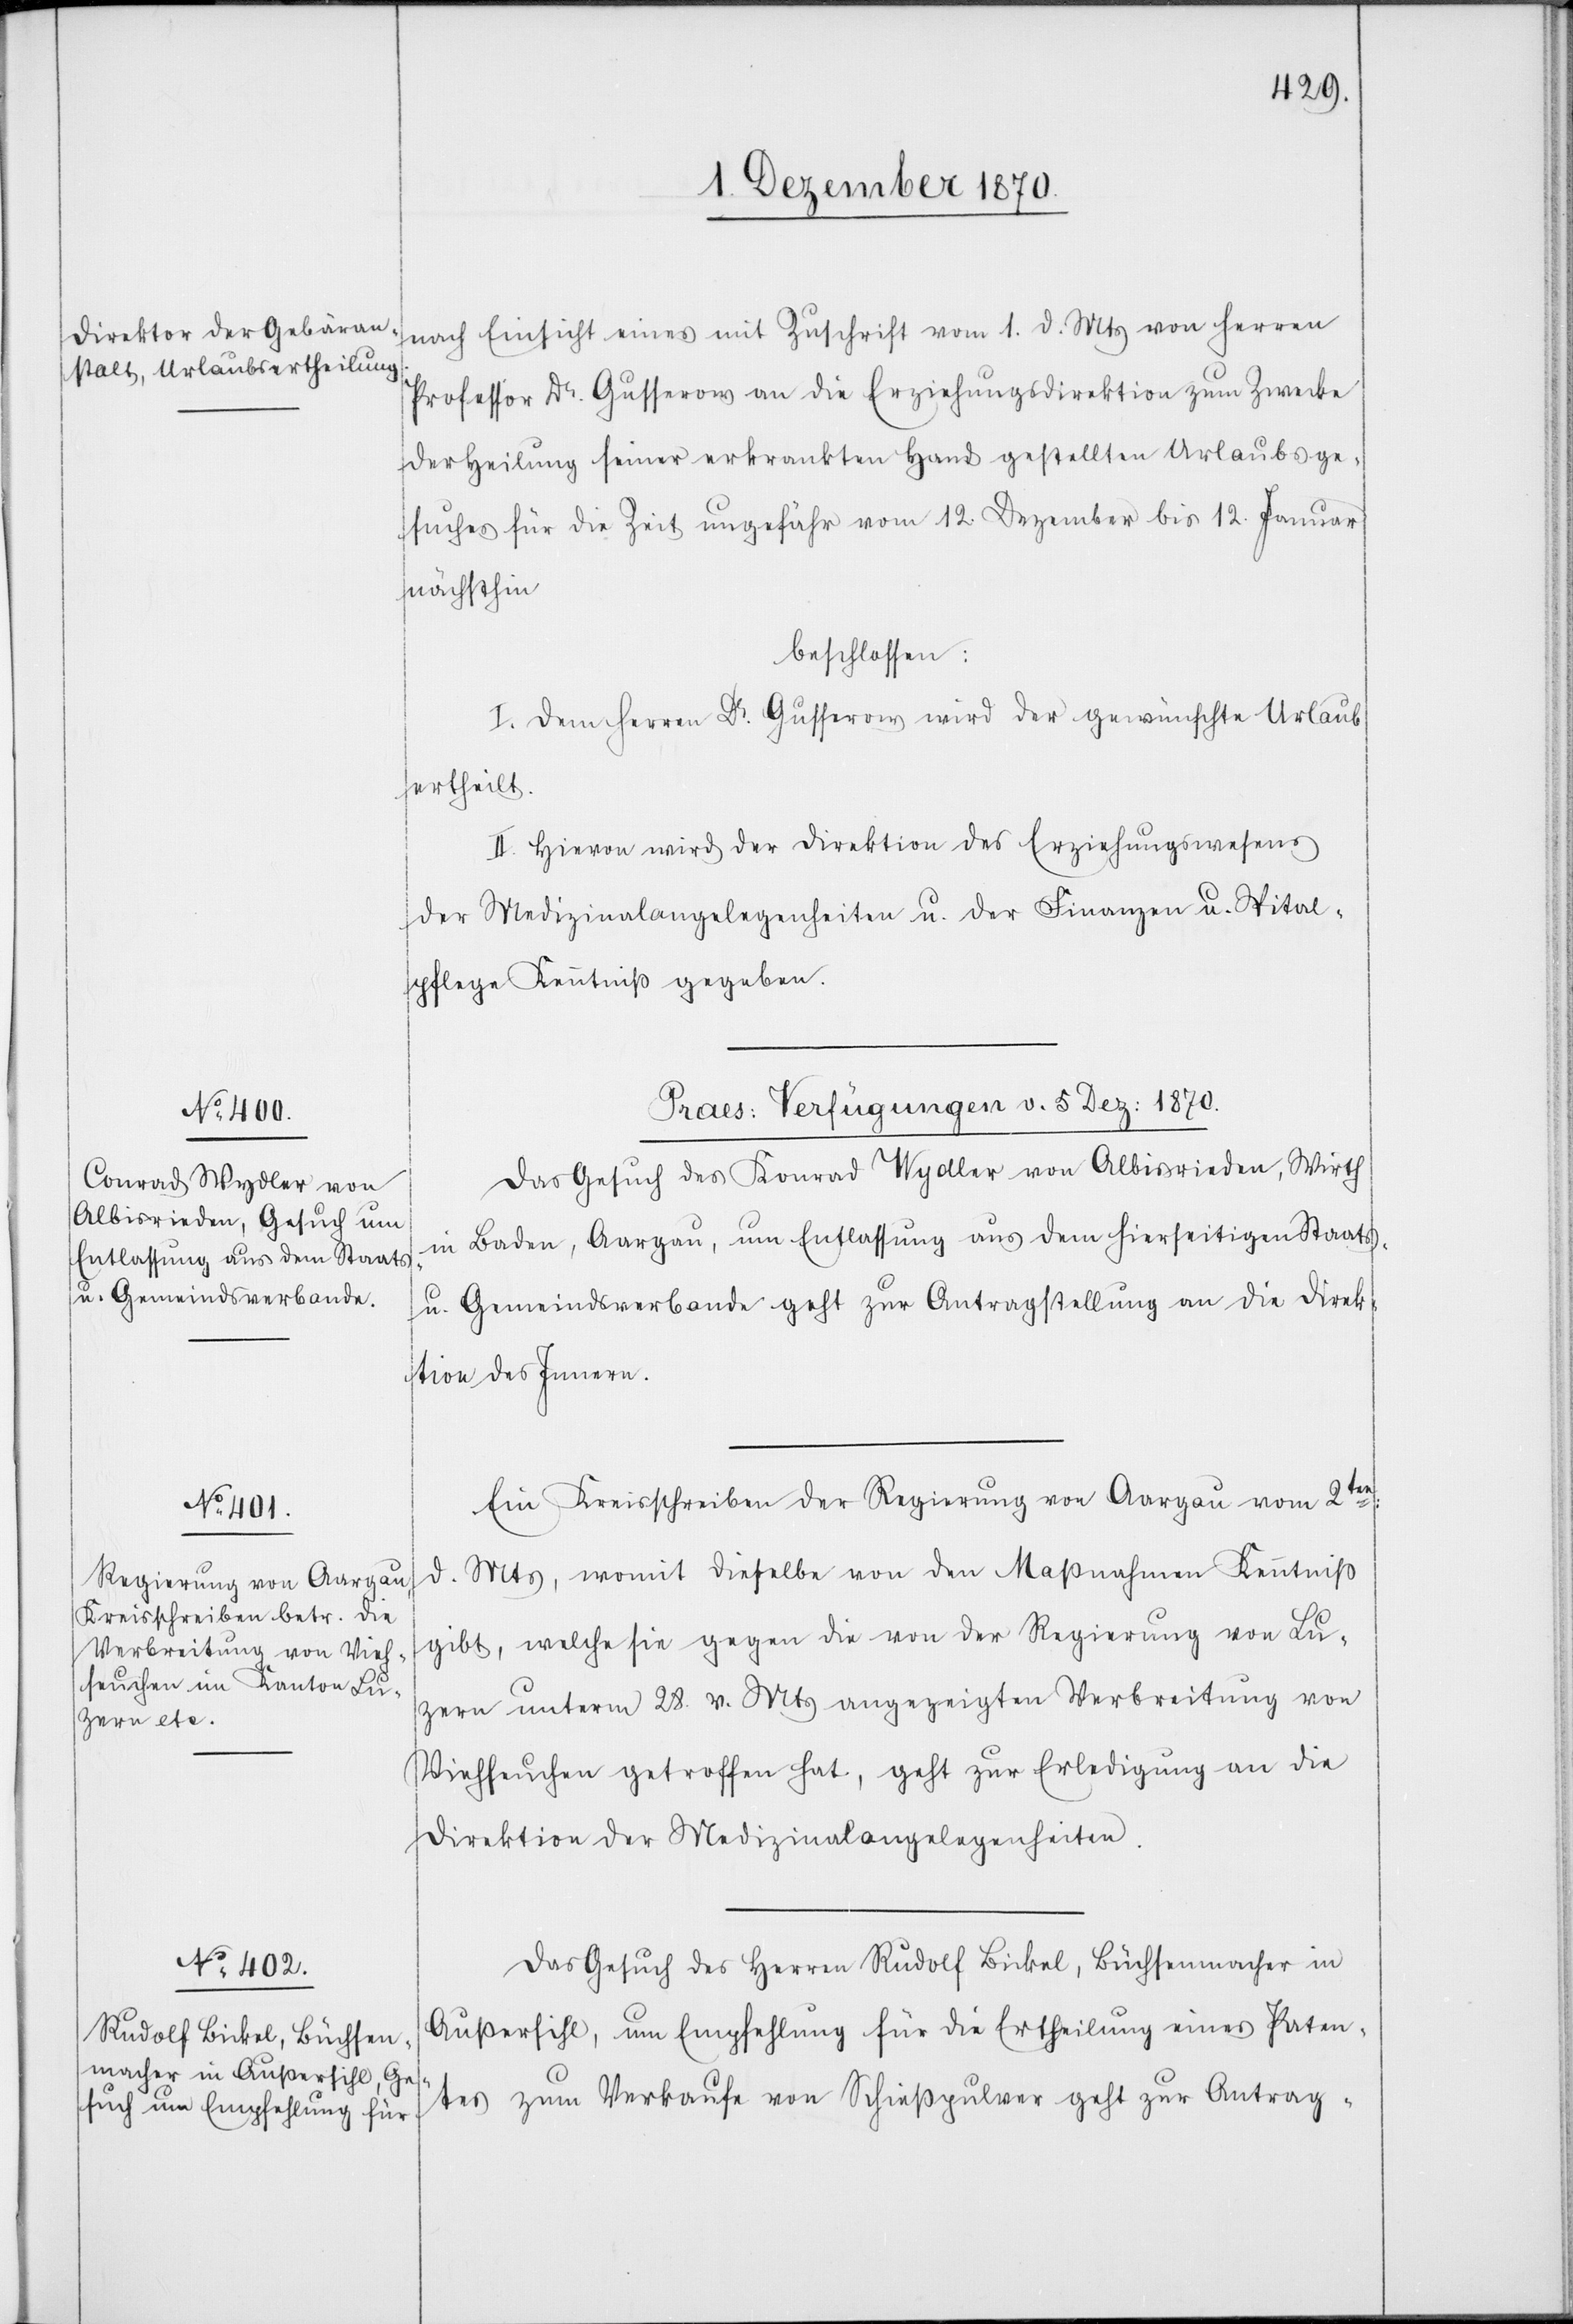
nach Einsicht eines mit Zuschrift vom 1. d. Mts. von Herren
Professor Dr. Gusserons an die Erziehungsdirektion zum Zwecke
der Heilung seiner erkrankten Hand gestellten Urlaubsge¬
suches für die Zeit ungefähr vom 12. Dezember bis 12. Januar
nächsthin
beschlossen:
I. Dem Herren Dr. Gusserons wird der gewünschte Urlaub
ertheilt.
II. Hievon wird der Direktion des Erziehungswesens
der Medizinalangelegenheiten u. der Finanzen u. Spital¬
pflege Kenntniß gegeben.
[Praes: Verfügung v. 5. Dez: 1870.]
Das Gesuch des Konrad Wydler von Albisrieden, Wirth
in Baden, Aargau, um Entlassung aus dem hierseitigen Staats
u. Gemeindsverbande geht zur Antragstellung an die Direk¬
tion des Innern.
Ein Kreisschreiben der Regierung von Aargau vom 2ten
d. Mts, womit dieselbe von den Maßnahmen Kenntniß
gibt, welche sie gegen die von der Regierung von Lu¬
zern unterm 28. v. Mts angezeigten Verbreitung von
Viehseuchen getroffen hat, geht zur Erledigung an die
Direktion der Medizinalangelegenheiten.
Das Gesuch des Herren Rudolf Bickel, Büchsenmacher in
Außersihl, um Empfehlung für die Ertheilung eines Paten¬
tes zum Verkaufe von Schießpulver geht zur Antrag-